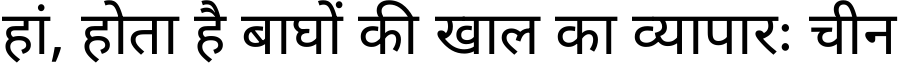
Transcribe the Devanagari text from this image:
हां, होता है बाघों की खाल का व्यापारः चीन